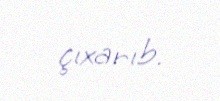
çıxarıb.